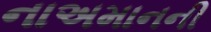
નાઅમાનની